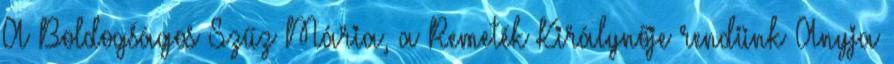
A Boldogságos Szűz Mária, a Remeték Királynője rendünk Anyja